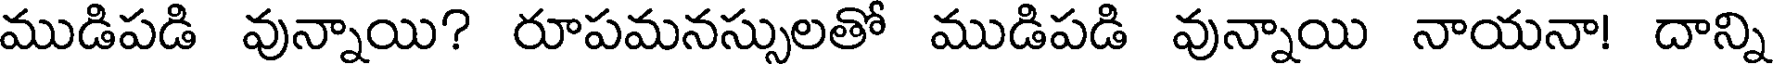
ముడిపడి వున్నాయి? రూపమనస్సులతో ముడిపడి వున్నాయి నాయనా! దాన్ని